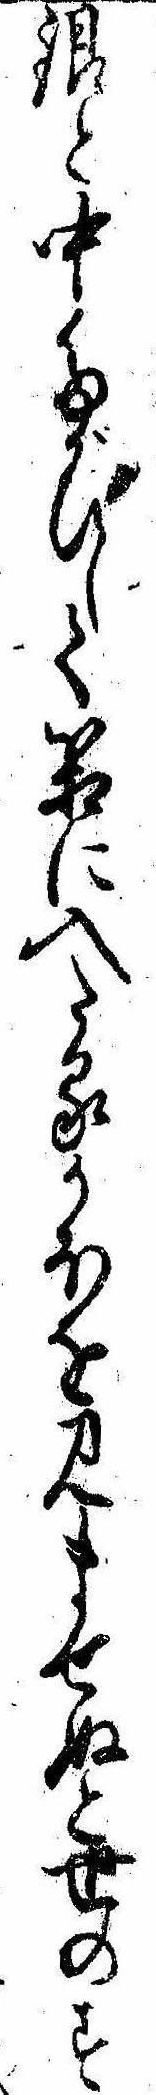
銀と中たがひして箱に入たるかほを見ませぬと世のす